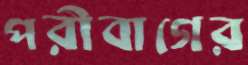
পরীবাগের